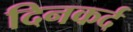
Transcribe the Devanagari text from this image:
दिनकर्द